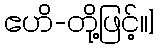
ဧဟိ-တို့ဖြင့်၊၊]